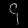
Digit: ၄